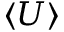
\langle U \rangle